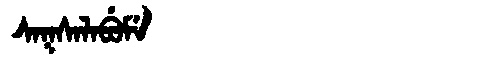
Manchu: ᠰᠠᡴᠰᠠᠯᠠᠪᡠᠮᡝ
Romanization: SAKSALABUME